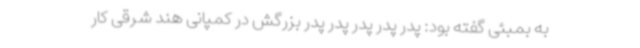
به بمبئی گفته بود: پدر پدر پدر پدر پدر بزرگش در کمپانی هند شرقی کار